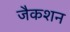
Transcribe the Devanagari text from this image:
जैकशन